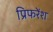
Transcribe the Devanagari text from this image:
प्रिफरेंश